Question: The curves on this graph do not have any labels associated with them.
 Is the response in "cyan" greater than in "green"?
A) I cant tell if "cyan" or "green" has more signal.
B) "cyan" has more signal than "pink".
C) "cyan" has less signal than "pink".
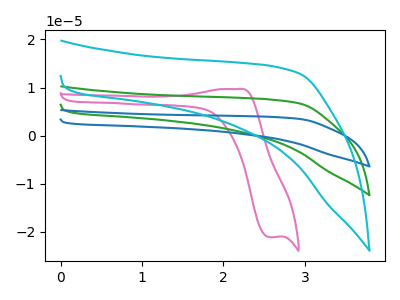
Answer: <think>The pink curve "pink" has an anodic peak at (2.20V, 9.70uA) and a cathodic peak at (2.55V, -21.15uA). The green curve "green" has no peaks. The blue curve "blue" has no peaks. The cyan curve "cyan" has no peaks.
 Neither "cyan" or "green" have any peaks.</think>
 <answer>A) I cant tell if "cyan" or "green" has more signal.</answer>
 <eval>A</eval>